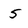
Character: 5